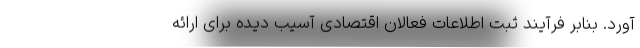
آورد. بنابر فرآیند ثبت اطلاعات فعالان اقتصادی آسیب دیده برای ارائه